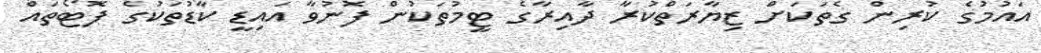
އައުމުގެ ކުރިން ގެތަކަށް ޒިޔާރަތްކުރާ ދާއިރާގެ ޓީމުތަކުން ފޮނުވާ އައިޑީ ކާޑުތަކުގެ ފޮޓޯތައް